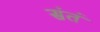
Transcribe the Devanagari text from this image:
संतं